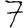
Digit: 7